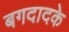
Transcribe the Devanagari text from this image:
बगदादके